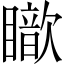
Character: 𥋵